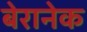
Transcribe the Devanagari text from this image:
बेरानेक